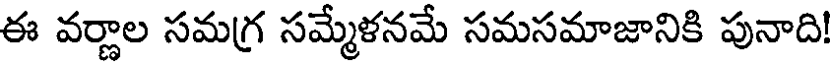
ఈ వర్ణాల సమగ్ర సమ్మేళనమే సమసమాజానికి పునాది!